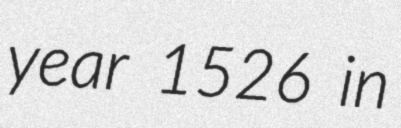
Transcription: year 1526 in